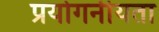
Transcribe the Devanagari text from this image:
प्रयोगनीयता